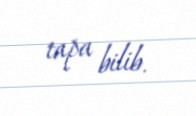
tapa bilib.